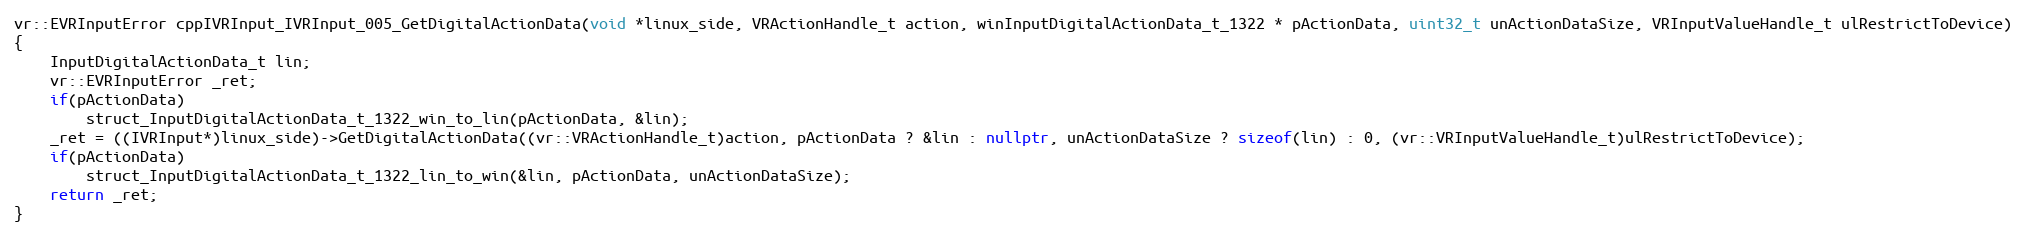
Language: C++
vr::EVRInputError cppIVRInput_IVRInput_005_GetDigitalActionData(void *linux_side, VRActionHandle_t action, winInputDigitalActionData_t_1322 * pActionData, uint32_t unActionDataSize, VRInputValueHandle_t ulRestrictToDevice)
{
    InputDigitalActionData_t lin;
    vr::EVRInputError _ret;
    if(pActionData)
        struct_InputDigitalActionData_t_1322_win_to_lin(pActionData, &lin);
    _ret = ((IVRInput*)linux_side)->GetDigitalActionData((vr::VRActionHandle_t)action, pActionData ? &lin : nullptr, unActionDataSize ? sizeof(lin) : 0, (vr::VRInputValueHandle_t)ulRestrictToDevice);
    if(pActionData)
        struct_InputDigitalActionData_t_1322_lin_to_win(&lin, pActionData, unActionDataSize);
    return _ret;
}